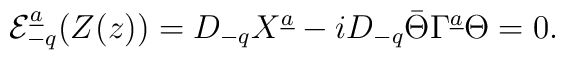
{\cal E}_{-q}^{\underline a}(Z(z))=D_{-q} X^{\underline a}-iD_{-q}\bar\Theta\Gamma^{\underline a}\Theta =0.